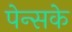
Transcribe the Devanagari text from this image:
पेन्सके